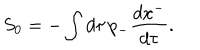
S _ { 0 } = - \int d \tau \, p _ { - } { \frac { d x ^ { - } } { d \tau } } .